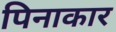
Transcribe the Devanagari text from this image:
पिनाकार